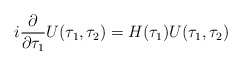
\begin{align*}i\frac{\partial}{\partial \tau_1}U(\tau_1,\tau_2)=H(\tau_1) U(\tau_1,\tau_2)\end{align*}